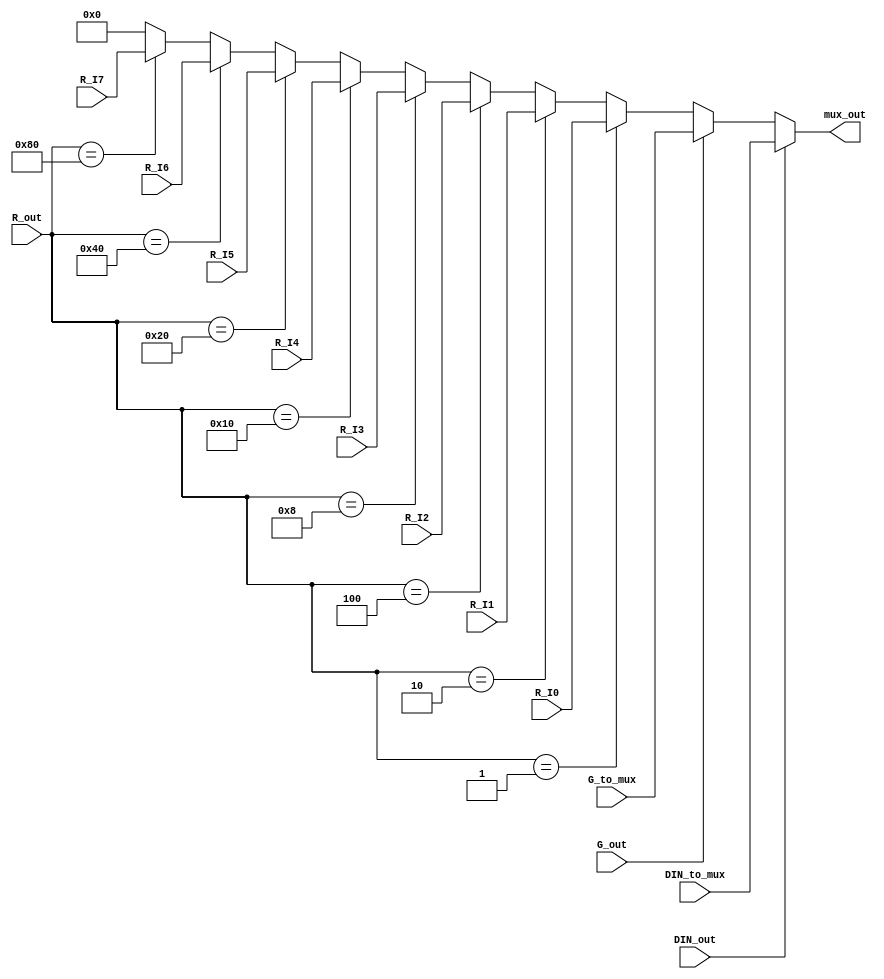
module the_best_mux(mux_out, R_out, G_out, DIN_out, G_to_mux, DIN_to_mux,R_I0,R_I1,R_I2,R_I3,R_I4,R_I5,R_I6,R_I7);
			

input wire [8:0] R_I0,R_I1,R_I2,R_I3,R_I4,R_I5,R_I6,R_I7,G_to_mux,DIN_to_mux ;
input wire [7:0] R_out;
input wire  G_out, DIN_out;
output wire [8:0] mux_out;


assign mux_out = DIN_out ? DIN_to_mux: 
					  G_out ? G_to_mux : 
					  (R_out == 8'b00000001) ? R_I0 : 
					  (R_out == 8'b00000010) ? R_I1 : 
					  (R_out == 8'b00000100) ? R_I2 : 
					  (R_out == 8'b00001000) ? R_I3 : 
					  (R_out == 8'b00010000) ? R_I4 : 
					  (R_out == 8'b00100000) ? R_I5 : 
					  (R_out == 8'b01000000) ? R_I6 : 
					  (R_out == 8'b10000000) ? R_I7 :
					  9'b0;
endmodule